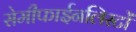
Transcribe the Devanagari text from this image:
सेमीफाईनलिस्टों